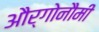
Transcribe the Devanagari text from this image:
और्गोनौमी